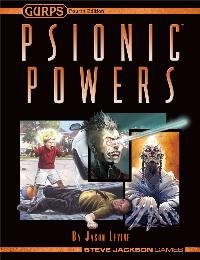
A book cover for GURPS Psionic Powers; Jason Levine; Science Fiction & Fantasy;